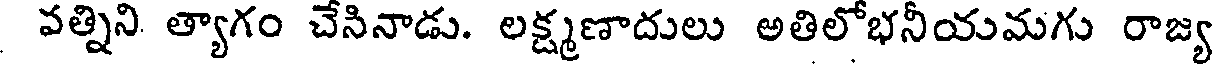
వత్నిని త్యాగం చేసినాడు. లక్ష్మణాదులు అతిలోభనీయమగు రాజ్య